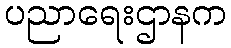
ပညာရေးဌာနက